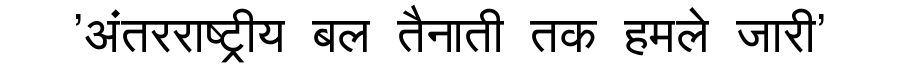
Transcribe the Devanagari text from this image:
'अंतरराष्ट्रीय बल तैनाती तक हमले जारी'